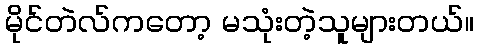
မိုင်တဲလ်ကတော့ မသုံးတဲ့သူများတယ်။